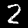
Label: 2